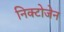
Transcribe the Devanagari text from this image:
निक्टोजेन